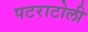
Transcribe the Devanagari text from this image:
पटराटोली